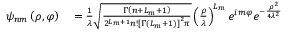
\begin{array} { r l } { \psi _ { n m } \left( \rho , \varphi \right) } & { { } = \frac { 1 } { \lambda } \sqrt { \frac { \Gamma \left( n + L _ { m } + 1 \right) } { 2 ^ { L _ { m } + 1 } n ! \left[ \Gamma \left( L _ { m } + 1 \right) \right] ^ { 2 } \pi } } \left( \frac { \rho } { \lambda } \right) ^ { L _ { m } } e ^ { i m \varphi } e ^ { - \frac { \rho ^ { 2 } } { 4 \lambda ^ { 2 } } } } \end{array}